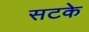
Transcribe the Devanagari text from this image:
सटके